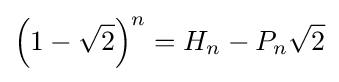
\left(1-{\sqrt {2}}\right)^{n}=H_{n}-P_{n}{\sqrt {2}}